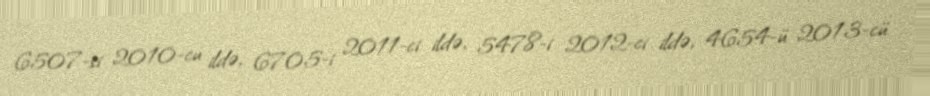
6507-si 2010-cu ildə, 6705-i 2011-ci ildə, 5478-i 2012-ci ildə, 4654-ü 2013-cü